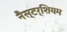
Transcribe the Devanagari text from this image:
नैस्टर्शियम